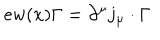
e w ( x ) \Gamma = \partial ^ { \mu } j _ { \mu } \cdot \Gamma